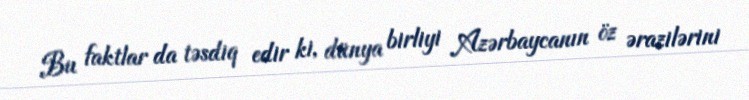
Bu faktlar da təsdiq edir ki, dünya birliyi Azərbaycanın öz ərazilərini